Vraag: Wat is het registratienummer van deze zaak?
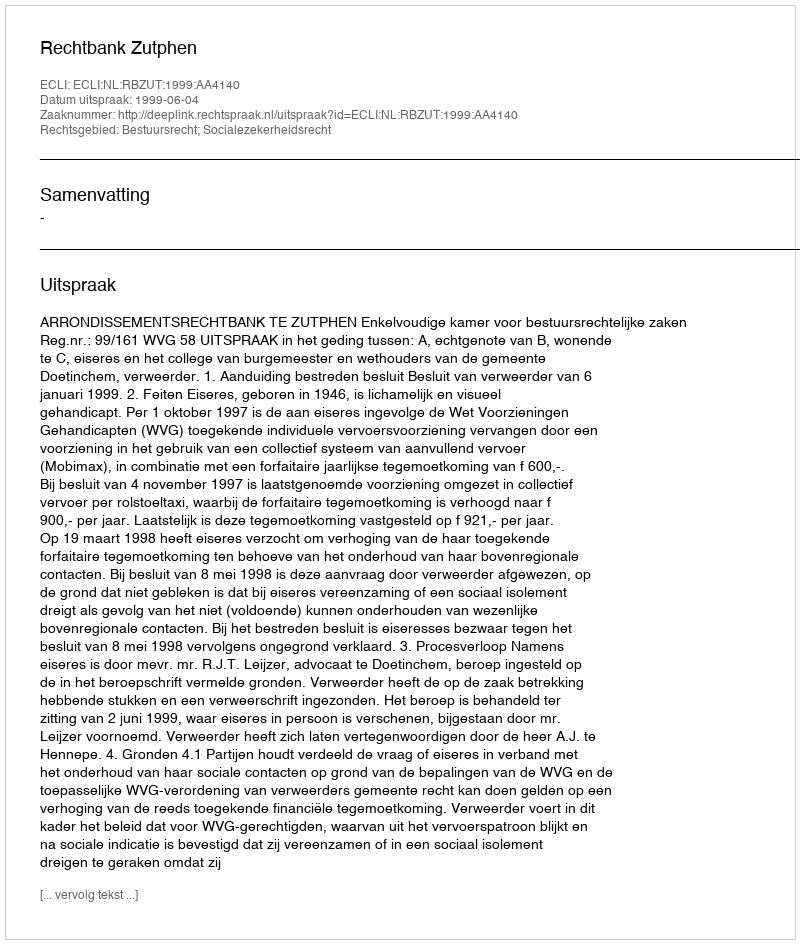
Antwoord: http://deeplink.rechtspraak.nl/uitspraak?id=ECLI:NL:RBZUT:1999:AA4140